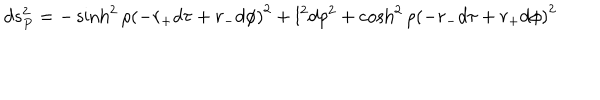
LaTeX: d s _ { P } ^ { 2 } = - \sinh ^ { 2 } \rho \left( - r _ { + } d \tau + r _ { - } d \phi \right) ^ { 2 } + l ^ { 2 } d \rho ^ { 2 } + \cosh ^ { 2 } \rho \left( - r _ { - } d \tau + r _ { + } d \phi \right) ^ { 2 }